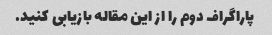
پاراگراف دوم را از این مقاله بازیابی کنید.